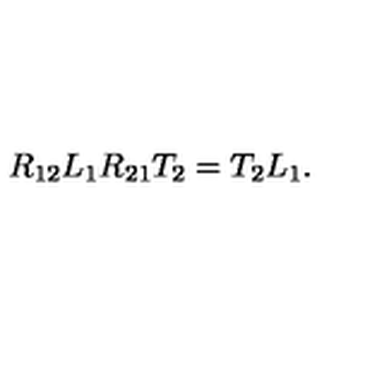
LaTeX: R _ { 1 2 } L _ { 1 } R _ { 2 1 } T _ { 2 } = T _ { 2 } L _ { 1 } .